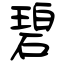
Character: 碧